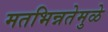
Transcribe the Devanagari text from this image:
मतभिन्नतेमुळे